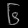
Digit: ၆